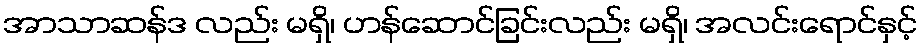
အာသာဆန်ဒ လည်း မရှိ၊ ဟန်ဆောင်ခြင်းလည်း မရှိ၊ အလင်းရောင်နှင့်